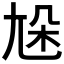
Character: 𡯦